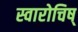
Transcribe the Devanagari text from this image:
स्वारोचिष्‌